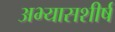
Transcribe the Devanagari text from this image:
अभ्यासशीर्ष